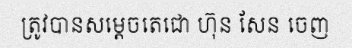
ត្រូវបានសម្តេចតេជោ ហ៊ុន សែន ចេញ